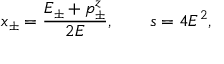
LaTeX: x _ { \pm } = \frac { E _ { \pm } + p _ { \pm } ^ { z } } { 2 E } , \qquad s = 4 E ^ { 2 } ,